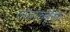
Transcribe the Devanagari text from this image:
लोकांकडूनच